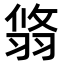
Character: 𦐻